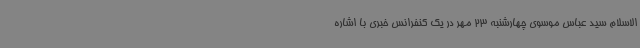
الاسلام سید عباس موسوی چهارشنبه 23 مهر در یک کنفرانس خبری با اشاره